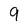
Character: 9